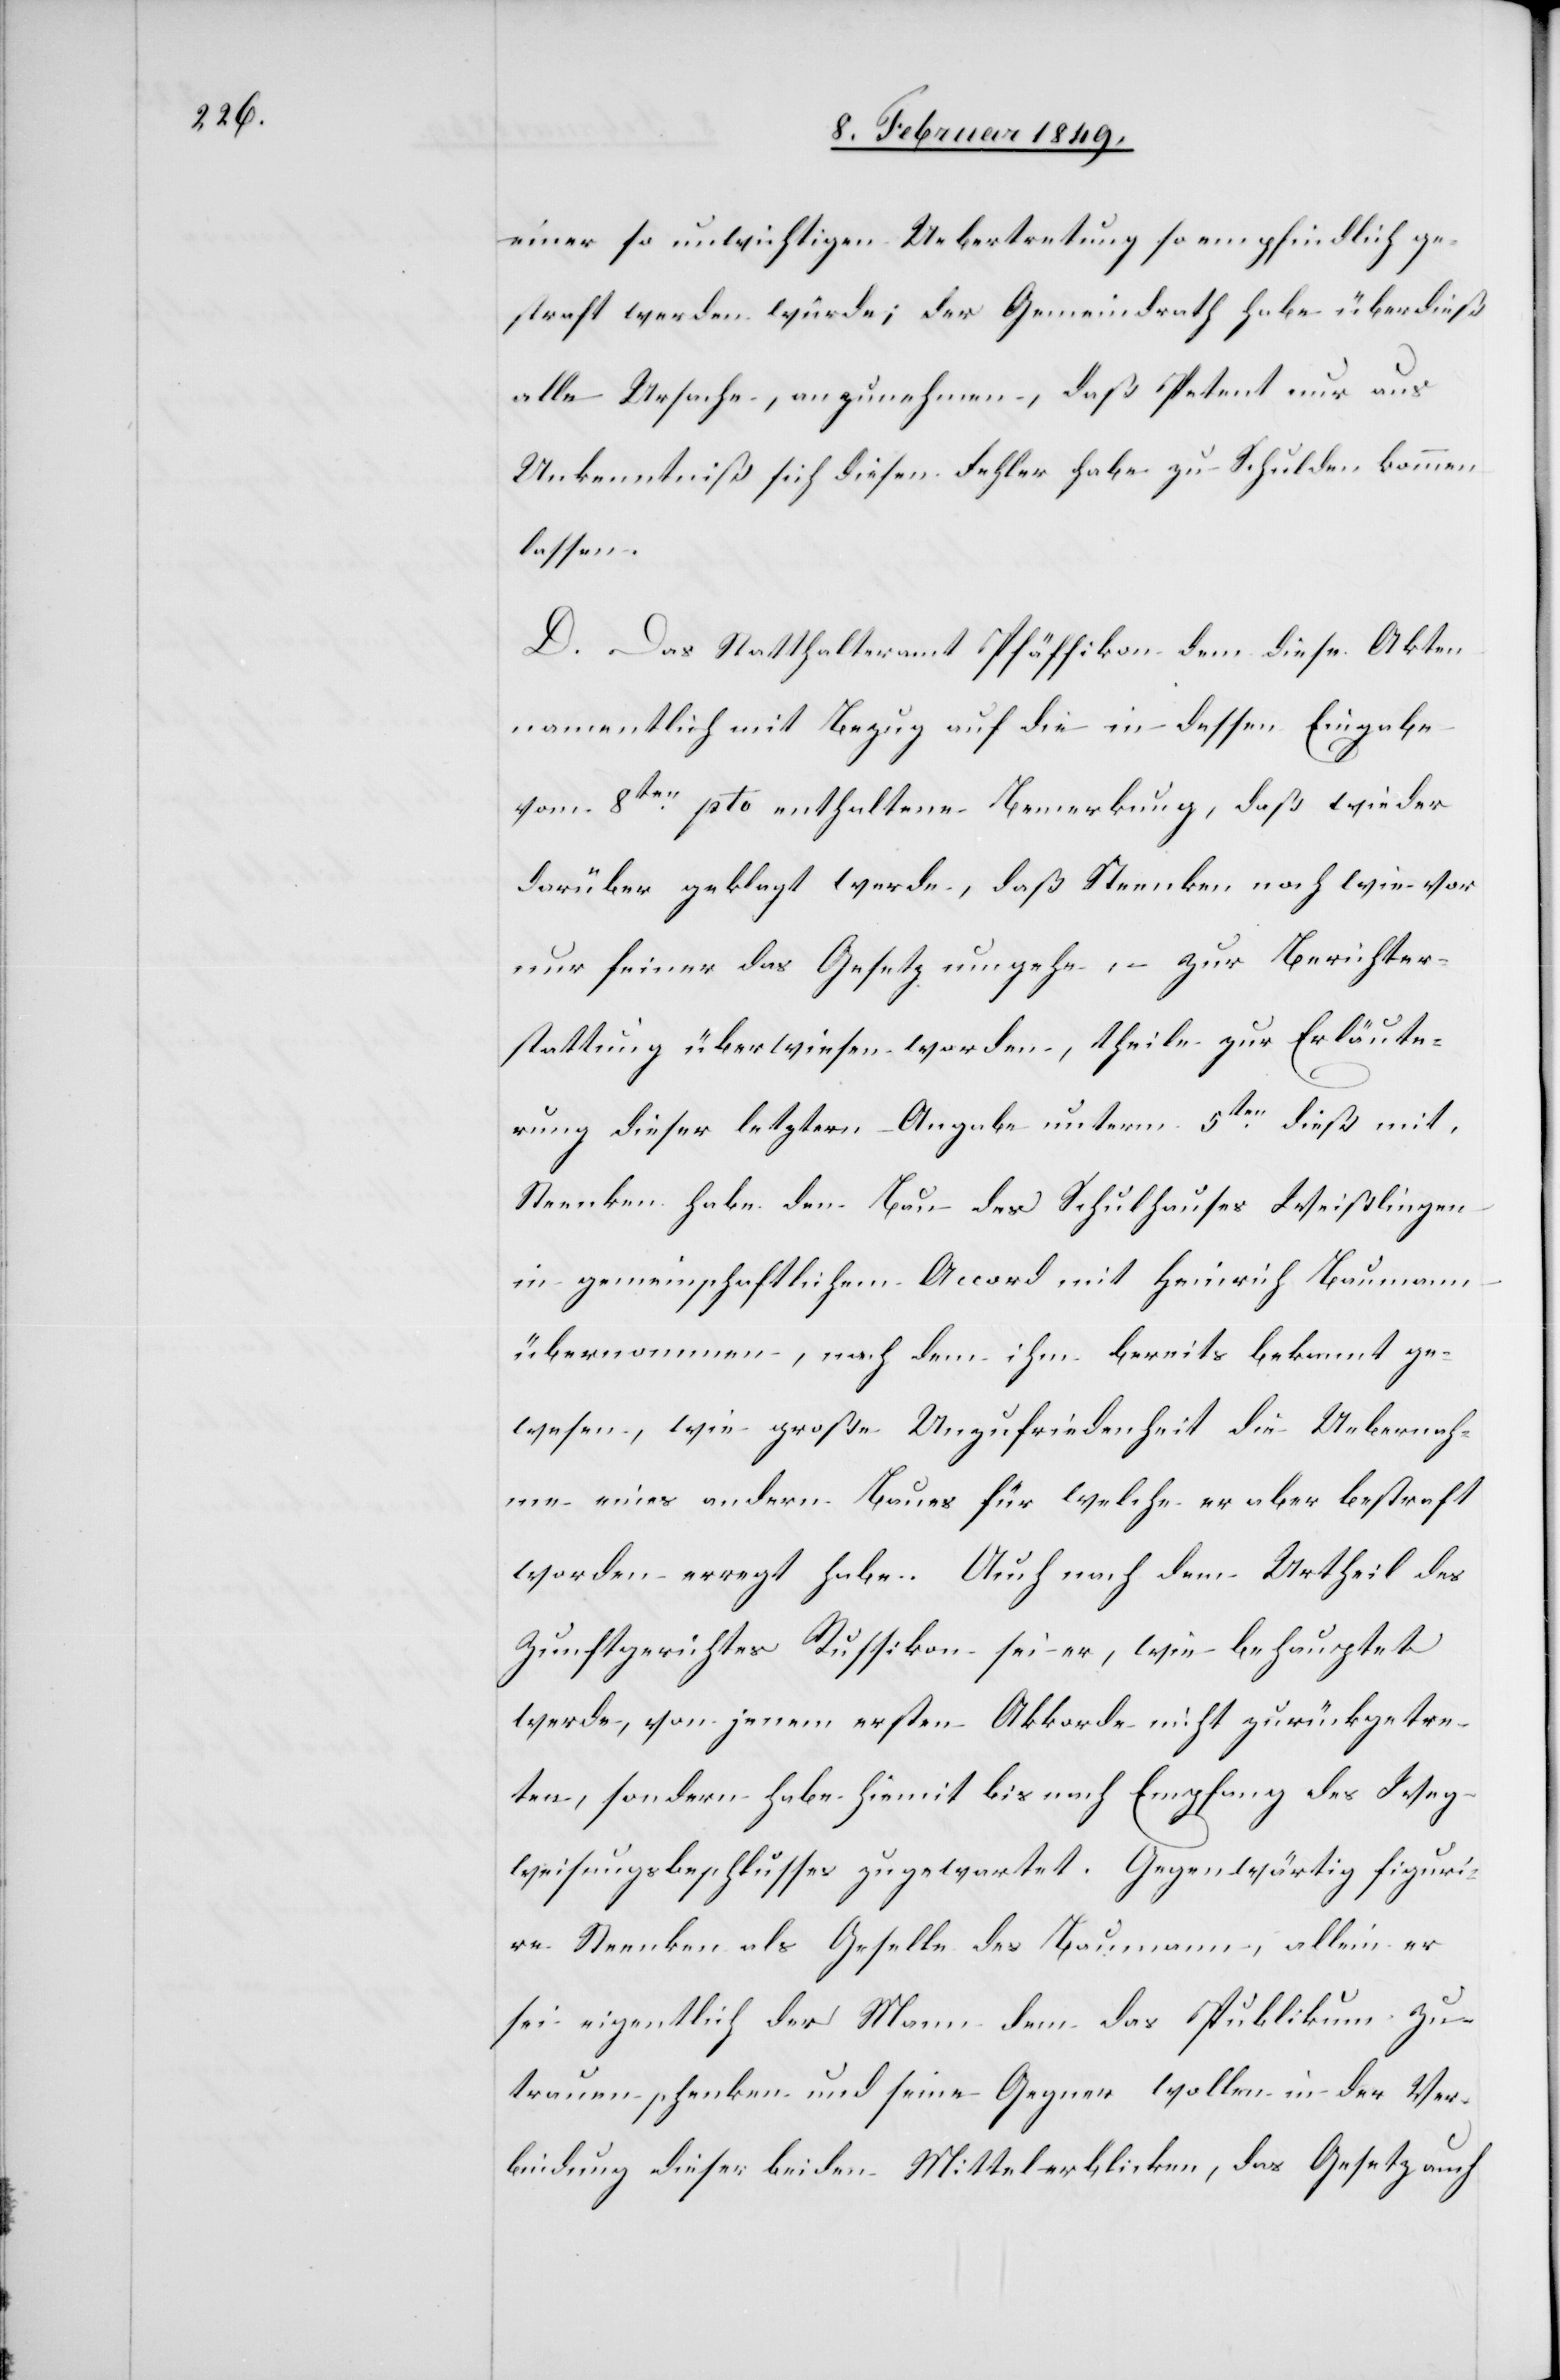
einer so unwichtigen Uebertretung so empfindlich ge¬
straft werden würde; der Gemeindrath habe überdieß
alle Ursache, anzunehmen, daß Petent nur aus
Unkenntniß sich diesen Fehler habe zu Schulden kommen
lassen.
D. Das Statthalteramt Pfäffikon dem diese Akten
namentlich mit Bezug auf die in dessen Eingabe
vom 8ten. pto enthaltene Bemerkung, daß wieder
darüber geklagt werde, daß Steenken nach wie vor
nur feiner das Gesetz umgehe, – zur Berichter¬
stattung überwiesen worden, theile zur Erläute¬
rung dieser letztern Angabe unterm 5ten. dieß mit,
Steenken habe den Bau des Schulhauses Weißlingen
in gemeinschaftlichem Accord mit Heinrich Baumann
übernommen, nach dem ihm bereits bekannt ge¬
wesen, wie große Unzufriedenheit die Uebernah¬
me eines andern Baues für welche er aber bestraft
worden erregt habe. Auch nach dem Urtheil des
Zunftgerichtes Russikon, sei er, wie behauptet
werde, von jenem ersten Akkorde nicht zurückgetre¬
ten, sondern habe hiemit bis nach Empfang des Weg¬
weisungsbeschlusses zugewartet. Gegenwärtig figuri¬
re Steenken als Geselle des Baumann, allein er
sei eigentlich der Mann dem das Publikum Zu¬
trauen schenken [sic!] und seine Gegner wollen in der Ver¬
bindung dieser beiden Mittel erblicken, das Gesetz auch